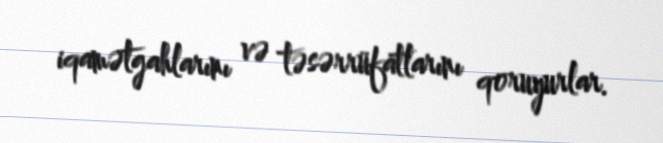
iqamətgahlarını və təsərrüfatlarını qoruyurlar.